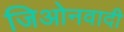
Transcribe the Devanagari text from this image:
जिओनवादी